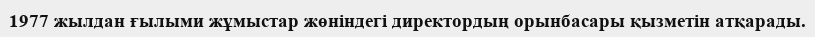
1977 жылдан ғылыми жұмыстар жөніндегі директордың орынбасары қызметін атқарады.